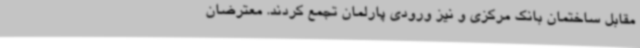
مقابل ساختمان بانک مرکزی و نیز ورودی پارلمان تجمع کردند. معترضان